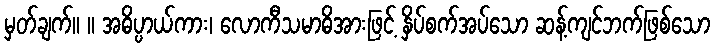
မှတ်ချက်။ ။ အဓိပ္ပာယ်ကား၊ လောကီသမာဓိအားဖြင့် နှိပ်စက်အပ်သော ဆန့်ကျင်ဘက်ဖြစ်သော